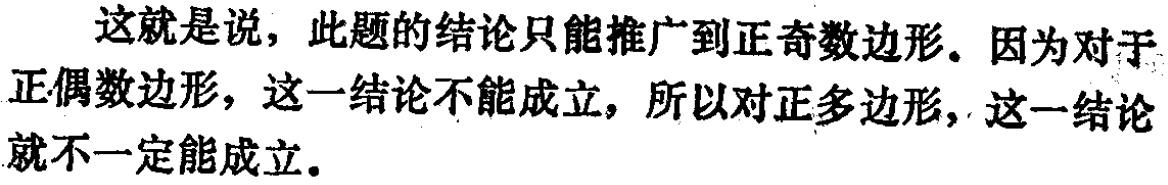
这就是说，此题的结论只能推广到正奇数边形。因为对于正偶数边形，这一结论不能成立，所以对正多边形，这一结论就不一定能成立。